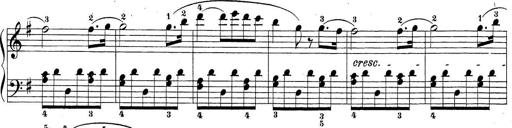
Title: Sonatina Album
Composer: Louis KÃ¶hler